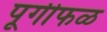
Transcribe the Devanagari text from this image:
पूगीफळ